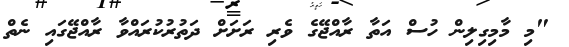
"މި މާމިގިލިން ހުސް އަތާ ރާއްޖޭގެ ވެރި ރަށަށް ދަތުރުކުރައްވާ ރާއްޖޭގައި ނެތް